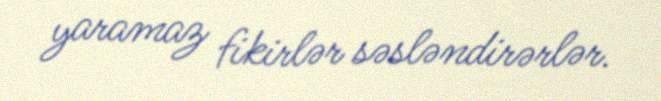
yaramaz fikirlər səsləndirərlər.